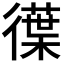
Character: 𭜆